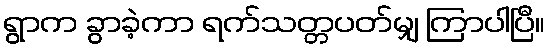
ရွာက ခွာခဲ့ကာ ရက်သတ္တပတ်မျှ ကြာပါပြီ။